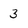
Character: 3